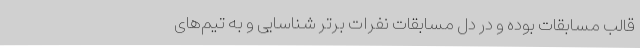
قالب مسابقات بوده و در دل مسابقات نفرات برتر شناسایی و به تیم‌های